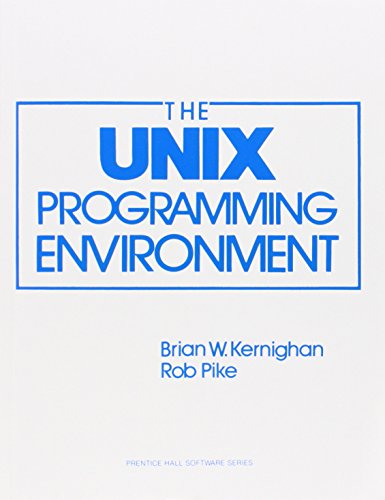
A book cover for The Unix Programming Environment (Prentice-Hall Software Series); Brian W. Kernighan; Computers & Technology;